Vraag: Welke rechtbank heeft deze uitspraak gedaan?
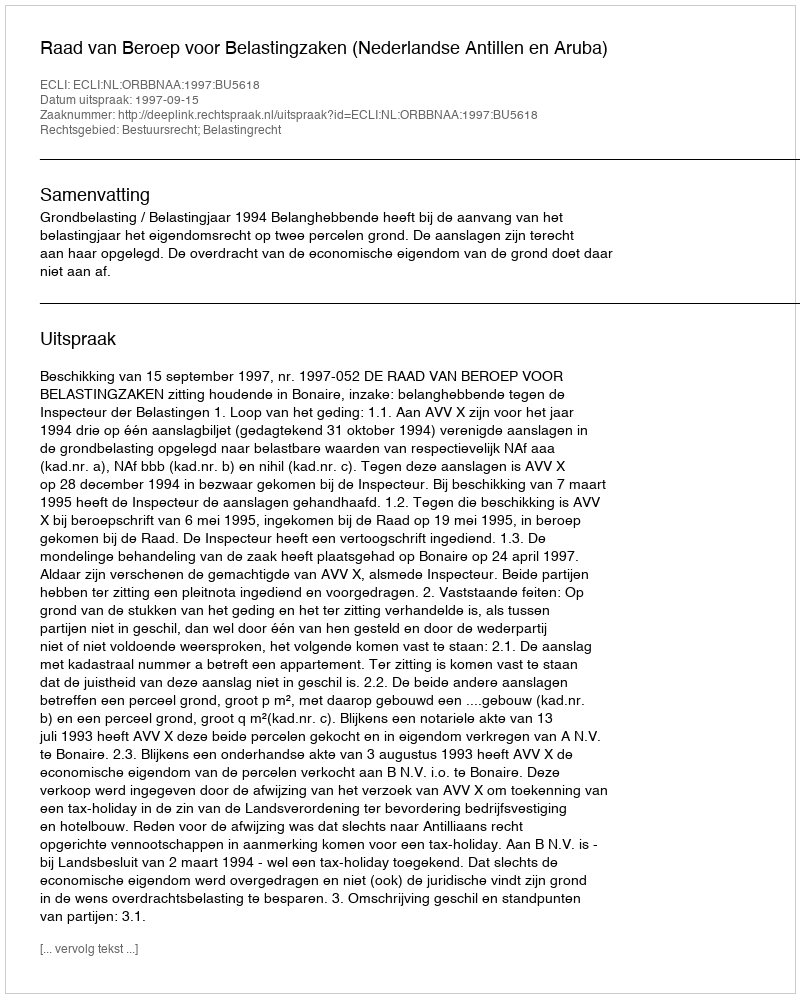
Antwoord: Raad van Beroep voor Belastingzaken (Nederlandse Antillen en Aruba)